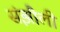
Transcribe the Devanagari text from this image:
संझौली